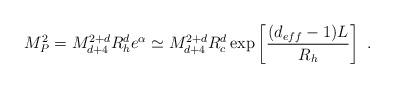
LaTeX: \begin{align*}M_P^2=M_{d+4}^{2+d}R_h^d e^{\alpha } \simeq M_{d+4}^{2+d} R^d_c\exp\left[\frac{(d_{eff}-1)L}{R_h}\right] \ .\end{align*}